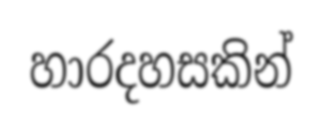
හාරදහසකින්